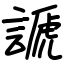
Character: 謕